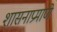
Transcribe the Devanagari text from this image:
शासनाप्रमाणे